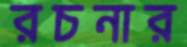
রচনার